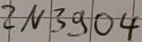
Text: 2N3904